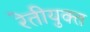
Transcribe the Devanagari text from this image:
रेतीयुक्त